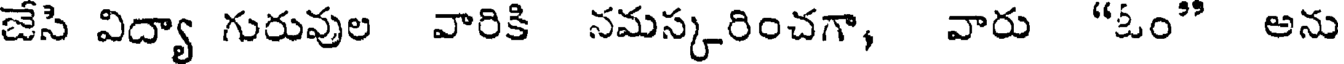
జేసి విద్యా గురువుల వారికి నమస్కరించగా, వారు "ఓం" అను